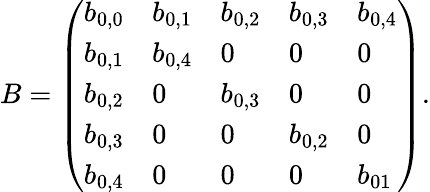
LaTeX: B=\left(\begin{array}{lllll}{b_{0,0}}&{b_{0,1}}&{b_{0,2}}&{b_{0,3}}&{b_{0,4}}\\ {b_{0,1}}&{b_{0,4}}&{0}&{0}&{0}\\ {b_{0,2}}&{0}&{b_{0,3}}&{0}&{0}\\ {b_{0,3}}&{0}&{0}&{b_{0,2}}&{0}\\ {b_{0,4}}&{0}&{0}&{0}&{b_{01}}\end{array}\right).